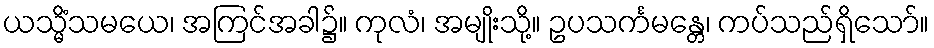
ယသ္မိံသမယေ၊ အကြင်အခါ၌။ ကုလံ၊ အမျိုးသို့။ ဥပသင်္ကမန္တေ၊ ကပ်သည်ရှိသော်။